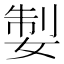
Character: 𡝧